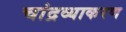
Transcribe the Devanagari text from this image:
चांद्रव्याकरण